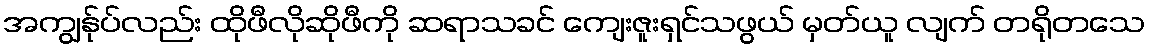
အကျွန်ုပ်လည်း ထိုဖီလိုဆိုဖီကို ဆရာသခင် ကျေးဇူးရှင်သဖွယ် မှတ်ယူ လျက် တရိုတသေ